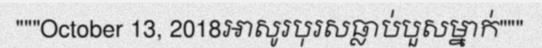
"""October 13, 2018អាសូរបុរសធ្លាប់បួសម្នាក់"""